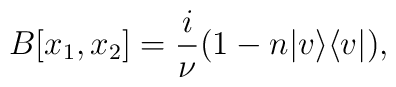
B[x_1, x_2] = \frac{i}{\nu}(1 - n | v \rangle \langle v |),